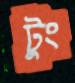
টুং